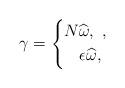
LaTeX: \begin{align*}\gamma=\left\{\begin{aligned}N\widehat{\omega},\ ,\\\epsilon\widehat{\omega},\ \end{aligned}\right.\end{align*}